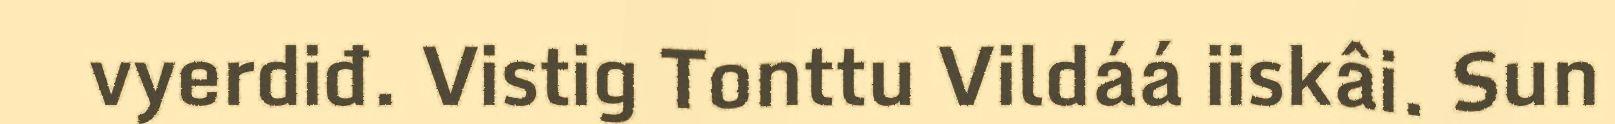
vyerdiđ. Vistig Tonttu Vildáá iiskâi. Sun